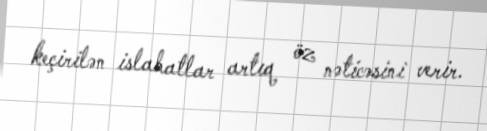
keçirilən islahatlar artıq öz nəticəsini verir.